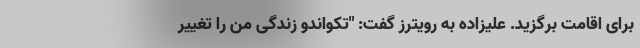
برای اقامت برگزید. علیزاده به رویترز گفت: "تکواندو زندگی من را تغییر